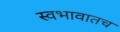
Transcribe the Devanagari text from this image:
स्वभावातच